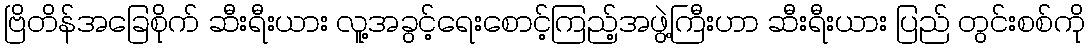
ဗြိတိန်အခြေစိုက် ဆီးရီးယား လူ့အခွင့်ရေးစောင့်ကြည့်အဖွဲ့ကြီးဟာ ဆီးရီးယား ပြည် တွင်းစစ်ကို